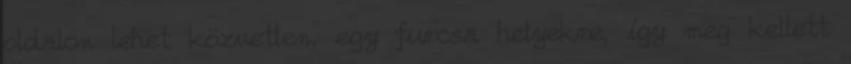
oldalon lehet közvetlen, egy furcsa helyekre, így meg kellett